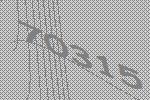
70315